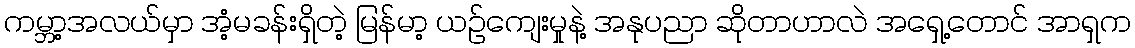
ကမ္ဘာ့အလယ်မှာ အံ့မခန်းရှိတဲ့ မြန်မာ့ ယဥ်ကျေးမှုနဲ့ အနုပညာ ဆိုတာဟာလဲ အရှေ့တောင် အာရှက